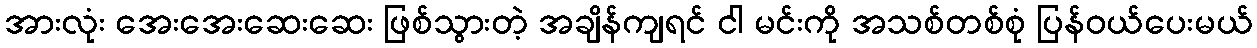
အားလုံး အေးအေးဆေးဆေး ဖြစ်သွားတဲ့ အချိန်ကျရင် ငါ မင်းကို အသစ်တစ်စုံ ပြန်ဝယ်ပေးမယ်